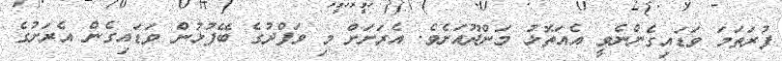
ފުރަތަމަ ވަޑައިގެންނެވީ އެއަތޮޅު މަންދޫއަށެވެ. އެރަށަށް މި ވަފްދުގެ ބޭފުޅުން ވަޑައިގެން އެރަށުގެ